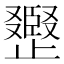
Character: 𣦪